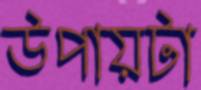
উপায়টা